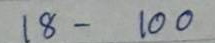
18 - 100